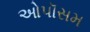
ઓપૉસમ